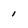
Character: 1